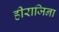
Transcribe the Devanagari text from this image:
हीराजिना